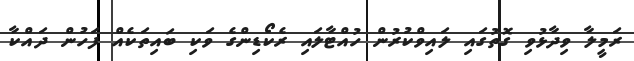
ރަމީލާ ވިދާޅުވި ގޮތުގައި ލައިވްކުރުން ހުއްޓާލައި ރެކޯޑިންގެ ވަކި ބައިތަކެއް ފަހުން ދައްކާ